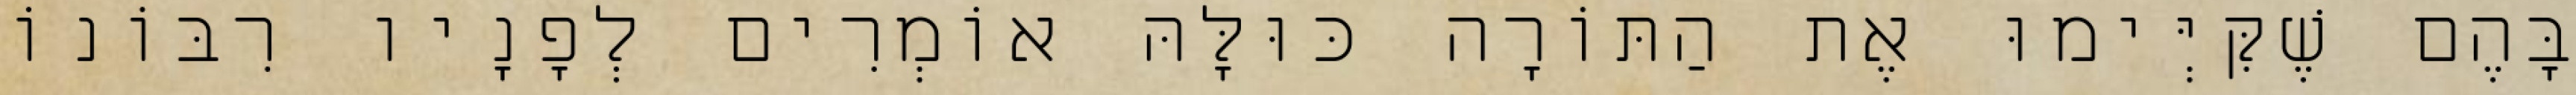
בָּהֶם שֶׁקִּיְּימוּ אֶת הַתּוֹרָה כּוּלָּהּ אוֹמְרִים לְפָנָיו רִבּוֹנוֹ